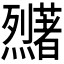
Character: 𬟜